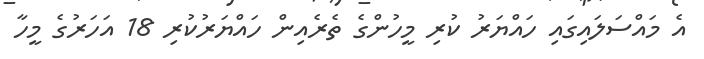
އެ މައްސަލައިގައި ހައްޔަރު ކުރި މީހުންގެ ތެރެއިން ހައްޔަރުކުރި 18 އަހަރުގެ މީހާ